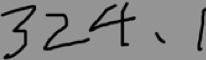
3 2 4 , 1